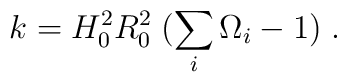
k = H_0^2 R_0^2  \; (\sum_i \Omega_i - 1 ) \; .